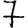
Digit: 7